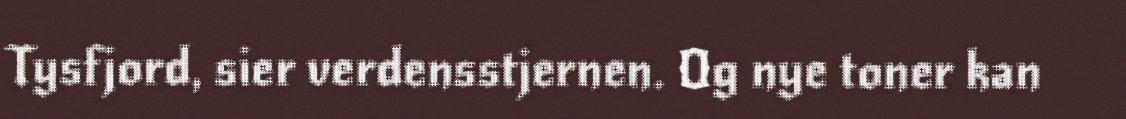
Tysfjord, sier verdensstjernen. Og nye toner kan